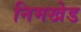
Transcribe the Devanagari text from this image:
निमखेड